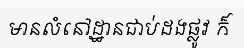
មានលំនៅដ្ឋានជាប់ដងផ្លូវ ក៏